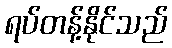
ရပ်တန့်နိုင်သည်